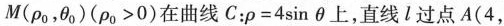
M(\rho_{0}, \theta_{0})($$\rho_{0}>0$$)在曲线C：$$\rho=4 \sin \theta $$上，直线l过点A(4，